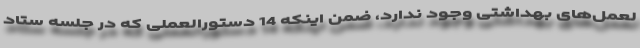
لعمل‌های بهداشتی وجود ندارد، ضمن اینکه 14 دستورالعملی که در جلسه ستاد